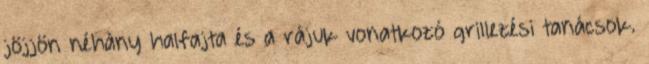
jöjjön néhány halfajta és a rájuk vonatkozó grillezési tanácsok.